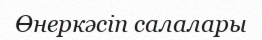
Өнеркәсіп салалары